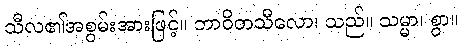
သီလ၏အစွမ်းအားဖြင့်။ ဘာဝိတသီလော၊ သည်။ သမ္မာ၊ စွာ။